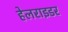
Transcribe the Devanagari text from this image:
हेलराइडर